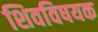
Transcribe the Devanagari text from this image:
शिवविषयक